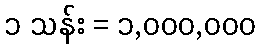
၁ သန်း = ၁,၀၀၀,၀၀၀